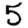
Digit: 5